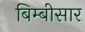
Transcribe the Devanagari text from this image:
बिम्बीसार